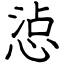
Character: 惉